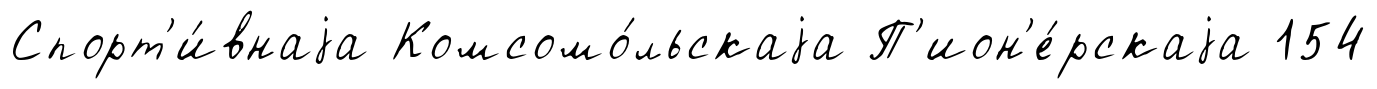
Спорт'и́внаjа Комсомо́льскаjа П'ион'е́рскаjа 154